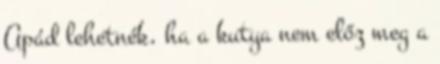
Apád lehetnék, ha a kutya nem előz meg a